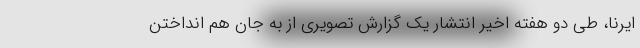
ایرنا، طی دو هفته اخیر انتشار یک گزارش تصویری از به جان هم انداختن